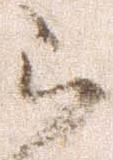
被